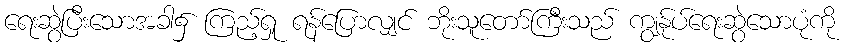
ရေးဆွဲပြီးသောအခါ၌ ကြည့်ရှု ရန်ပြောလျှင် ဘိုးသူတော်ကြီးသည် ကျွန်ုပ်ရေးဆွဲသောပုံကို